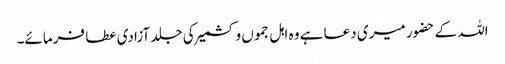
اللہ کے حضور میری دعا ہے وہ اہل جموں و کشمیر کی جلد آزادی عطا فرمائے۔